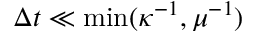
\Delta t \ll \operatorname* { m i n } ( \kappa ^ { - 1 } , \mu ^ { - 1 } )